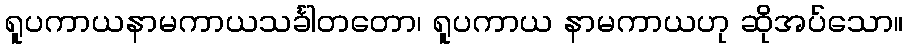
ရူပကာယနာမကာယသင်္ခါတတော၊ ရူပကာယ နာမကာယဟု ဆိုအပ်သော။